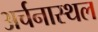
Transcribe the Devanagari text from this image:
अर्चनास्थल